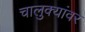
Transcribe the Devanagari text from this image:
चालुक्यांवर